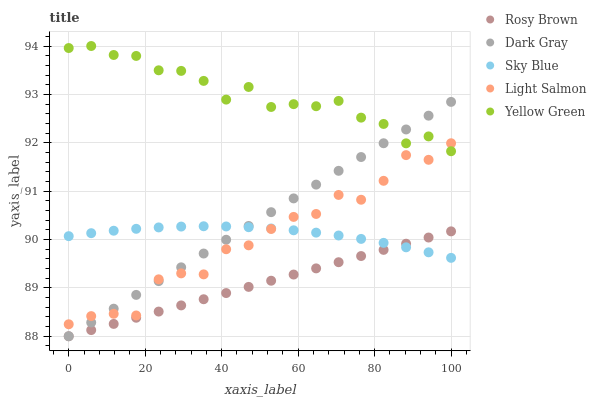
| xaxis_label | Rosy Brown | Dark Gray | Sky Blue | Light Salmon | Yellow Green |
 | --- | --- | --- | --- | --- | --- |
 | 0 | 88 | 88 | 90.1 | 88.2 | 94 |
 | 5.88 | 88.1 | 88.3 | 90.1 | 88.4 | 94 |
 | 11.8 | 88.3 | 88.6 | 90.2 | 88.5 | 93.8 |
 | 17.6 | 88.4 | 88.9 | 90.2 | 88.4 | 93.8 |
 | 23.5 | 88.5 | 89.1 | 90.2 | 89.2 | 93.5 |
 | 29.4 | 88.6 | 89.4 | 90.3 | 89.3 | 93.5 |
 | 35.3 | 88.8 | 89.7 | 90.3 | 89.3 | 93.3 |
 | 41.2 | 88.9 | 90 | 90.3 | 89.8 | 92.9 |
 | 47.1 | 89 | 90.3 | 90.3 | 89.9 | 93.2 |
 | 52.9 | 89.1 | 90.6 | 90.2 | 90.2 | 92.7 |
 | 58.8 | 89.3 | 90.8 | 90.2 | 90.5 | 92.8 |
 | 64.7 | 89.4 | 91.1 | 90.1 | 90.5 | 92.8 |
 | 70.6 | 89.5 | 91.4 | 90.1 | 90.9 | 92.9 |
 | 76.5 | 89.7 | 91.7 | 90 | 90.8 | 92.5 |
 | 82.4 | 89.8 | 92 | 89.9 | 91.2 | 92.4 |
 | 88.2 | 89.9 | 92.3 | 89.8 | 91.7 | 92 |
 | 94.1 | 90 | 92.6 | 89.7 | 91.6 | 92.1 |
 | 100 | 90.2 | 92.8 | 89.6 | 92 | 91.8 |